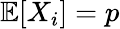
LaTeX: \mathbb{E}[X_{i}]=p